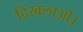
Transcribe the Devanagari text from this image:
दिखलाओ।